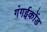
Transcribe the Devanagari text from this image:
गंगईकोंड